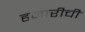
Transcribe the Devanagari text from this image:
हजारीची